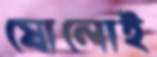
ষোলোই